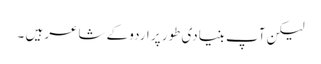
لیکن آپ بنیادی طور پر اردو کے شاعر ہیں ۔